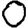
Digit: 0